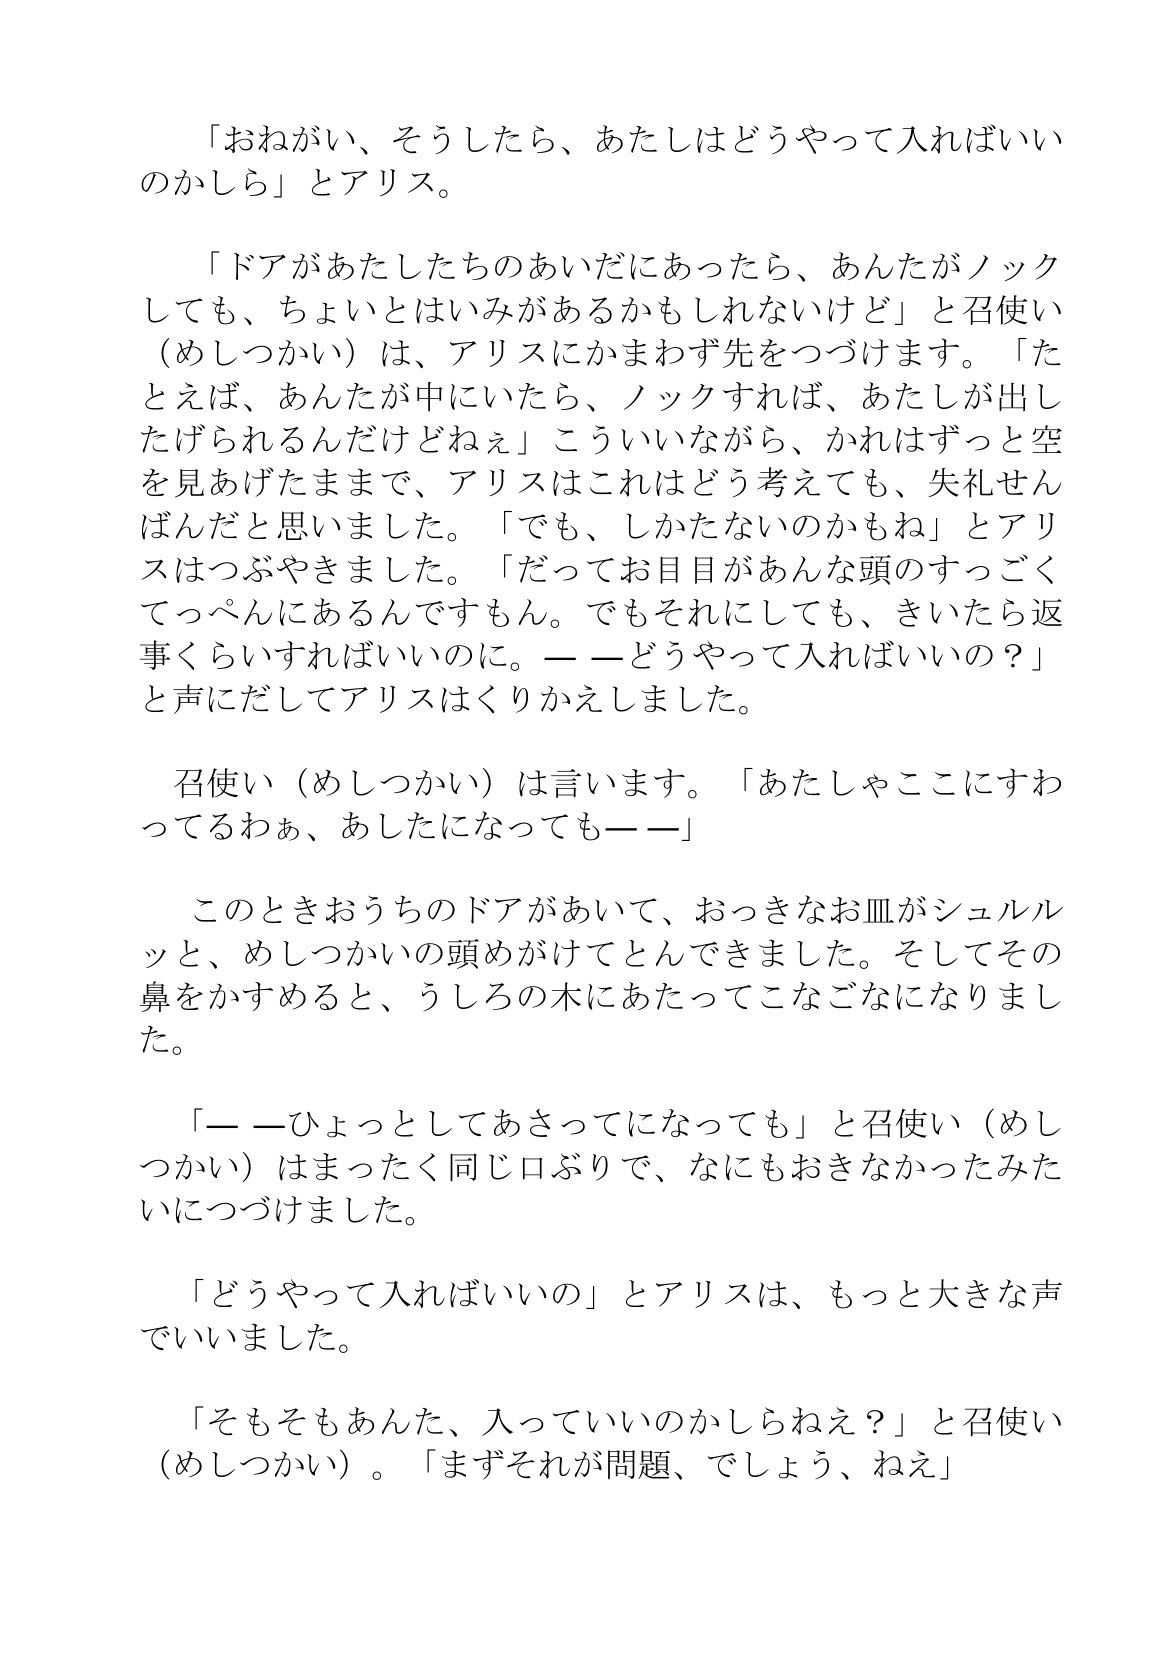
Language: ja